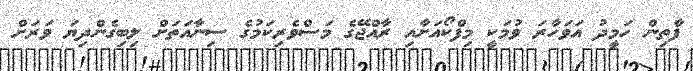
ފާތިން ހަމީދު އަވަހާރަ ވުމަކީ މިފްކޯއަށާއި ރާއްޖޭގެ މަސްވެރިކަމުގެ ސިނާއަތަށް ލިބިގެންދިޔަ ވަރަށް